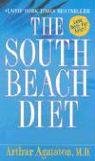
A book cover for The South Beach Diet: The Delicious, Doctor-Designed, Foolproof Plan for Fast and Healthy Weight Loss; Arthur Agatston; Health, Fitness & Dieting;